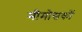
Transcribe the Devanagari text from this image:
मीमोसकों